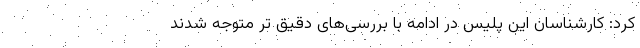
کرد: کارشناسان این پلیس در ادامه با بررسی‌های دقیق تر متوجه شدند